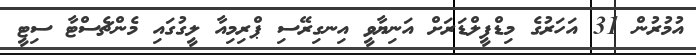
އުމުރުން 31 އަހަރުގެ މިޑްފީލްޑަރަށް އަނިޔާވީ އިނގިރޭސި ޕްރިމިއާ ލީގުގައި މެންޗެސްޓާ ސިޓީ